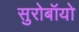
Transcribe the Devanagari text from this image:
सुरोबॉयो